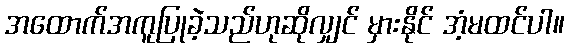
အထောက်အကူပြုခဲ့သည်ဟုဆိုလျှင် မှားနိုင် အံ့မထင်ပါ။